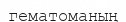
гематоманың